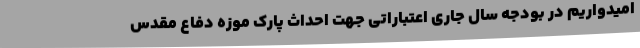
امیدواریم در بودجه سال جاری اعتباراتی جهت احداث پارک موزه دفاع مقدس